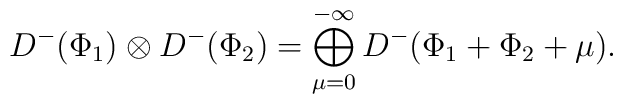
D^-(\Phi_1)\otimes D^-(\Phi_2)=\bigoplus^{-\infty}_{\mu=0} D^-(\Phi_1+\Phi_2+\mu).